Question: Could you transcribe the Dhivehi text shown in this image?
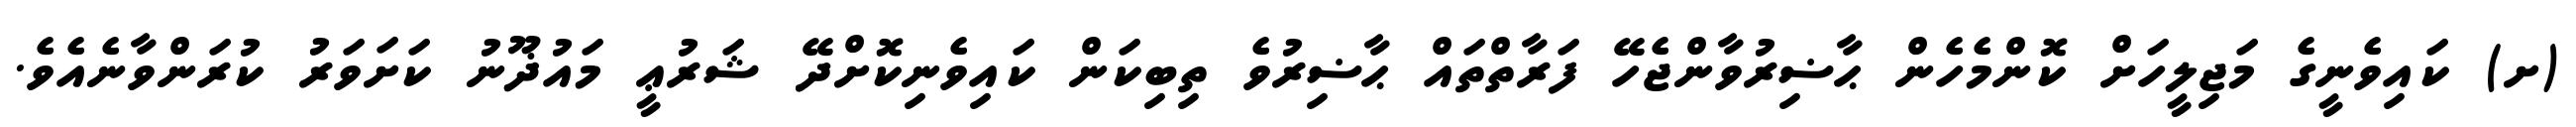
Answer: (ށ) ކައިވެނީގެ މަޖިލީހަށް ކޮންމެހެން ޙާޟިރުވާންޖެހޭ ފަރާތްތައް ޙާޟިރުވެ ތިބިކަން ކައިވެނިކޮށްދޭ ޝަރުޢީ މައުޛޫނު ކަށަވަރު ކުރަންވާނެއެވެ.